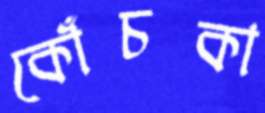
কোঁচকা